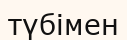
түбімен